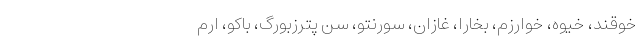
خوقند، خیوه، خوارزم، بخارا، غازان، سورنتو، سن پترزبورگ، باکو، ارم